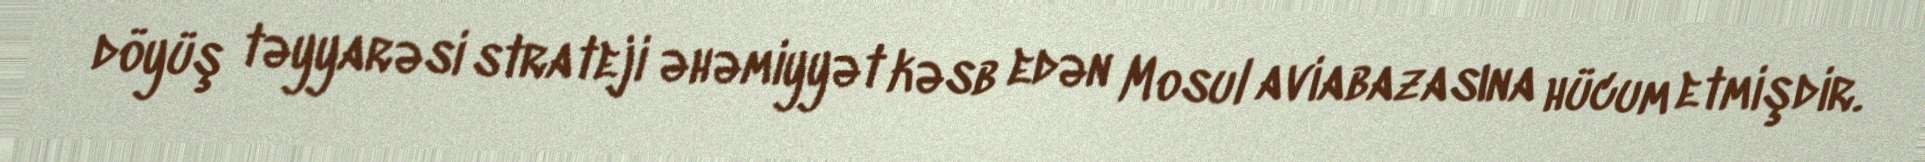
döyüş təyyarəsi strateji əhəmiyyət kəsb edən Mosul aviabazasına hücum etmişdir.